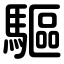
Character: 驅